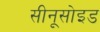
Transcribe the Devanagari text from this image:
सीनूसोइड